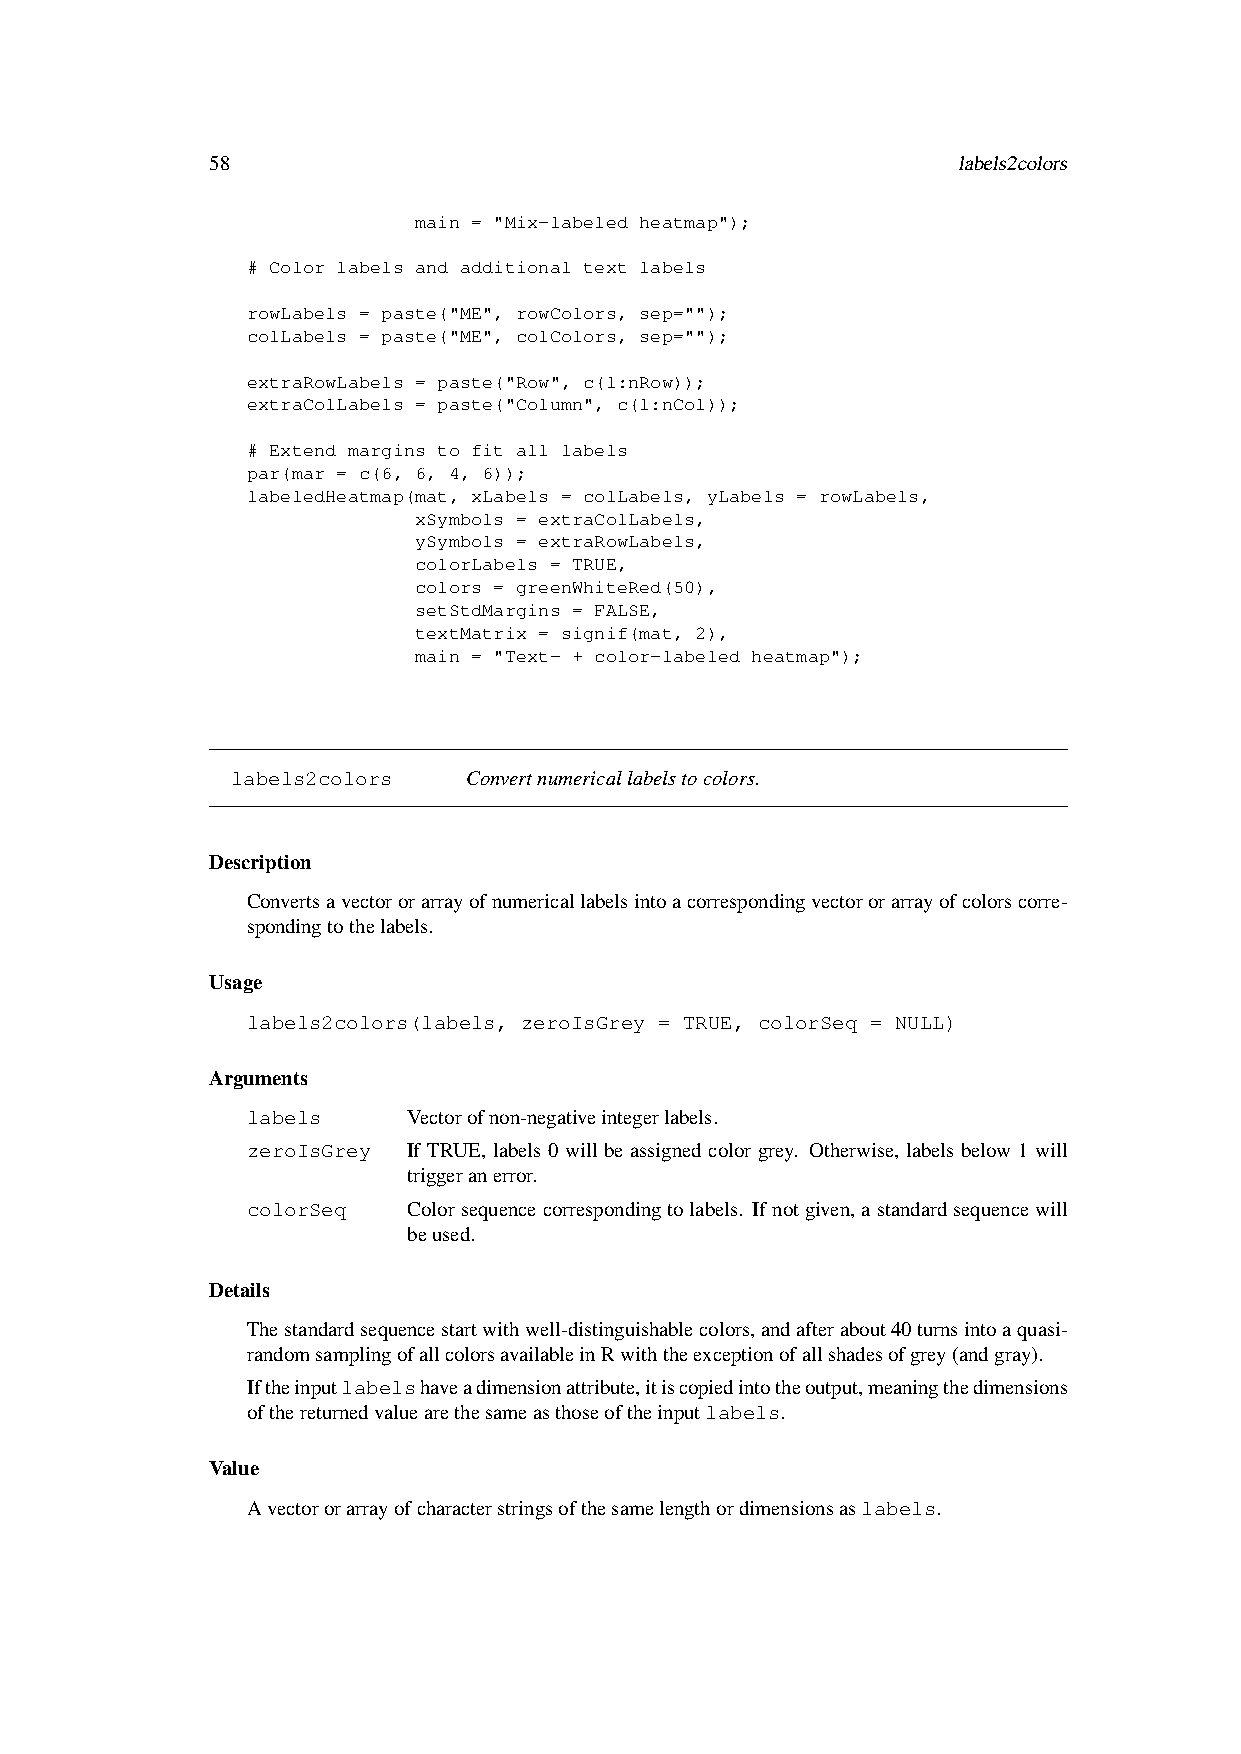
58                                               labels2colors
 main = "Mix-labeled heatmap");
 # Color labels and additional text labels
 rowLabels = paste("ME", rowColors, sep="");
 colLabels = paste("ME", colColors, sep="");
 extraRowLabels = paste("Row", c(1:nRow));
 extraColLabels = paste("Column", c(1:nCol));
 # Extend margins to fit all labels
 par(mar = c(6, 6, 4, 6));
 labeledHeatmap(mat, xLabels = colLabels, yLabels = rowLabels,
 xSymbols = extraColLabels,
 ySymbols = extraRowLabels,
 colorLabels = TRUE,
 colors = greenWhiteRed(50),
 setStdMargins = FALSE,
 textMatrix = signif(mat, 2),
 main = "Text- + color-labeled heatmap");
 labels2colors   Convertnumericallabelstocolors.
 Description
 Convertsavectororarrayofnumericallabelsintoacorrespondingvectororarrayofcolorscorre-
 spondingtothelabels.
 Usage
 labels2colors(labels, zeroIsGrey = TRUE, colorSeq = NULL)
 Arguments
 labels     Vectorofnon-negativeintegerlabels.
 zeroIsGrey If TRUE, labels 0 will be assigned color grey. Otherwise, labels below 1 will
 triggeranerror.
 colorSeq   Colorsequencecorrespondingtolabels. Ifnotgiven,astandardsequencewill
 beused.
 Details
 Thestandardsequencestartwithwell-distinguishablecolors,andafterabout40turnsintoaquasi-
 randomsamplingofallcolorsavailableinRwiththeexceptionofallshadesofgrey(andgray).
 Iftheinputlabelshaveadimensionattribute,itiscopiedintotheoutput,meaningthedimensions
 ofthereturnedvaluearethesameasthoseoftheinputlabels.
 Value
 Avectororarrayofcharacterstringsofthesamelengthordimensionsaslabels.